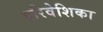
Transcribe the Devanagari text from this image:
परिवेशिका